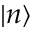
| n \rangle